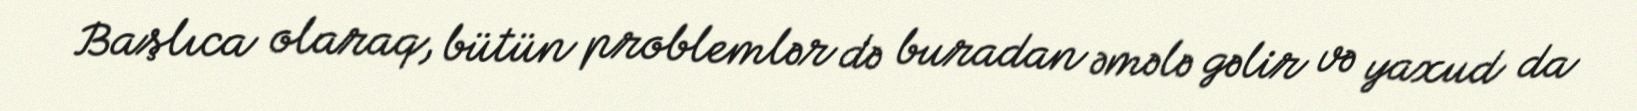
Başlıca olaraq, bütün problemlər də buradan əmələ gəlir və yaxud da